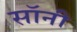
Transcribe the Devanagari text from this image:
सॉनी